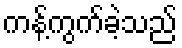
ကန့်ကွက်ခဲ့သည်